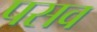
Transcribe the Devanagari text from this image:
पसव